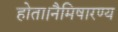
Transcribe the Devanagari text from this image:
होता।नैमिषारण्य